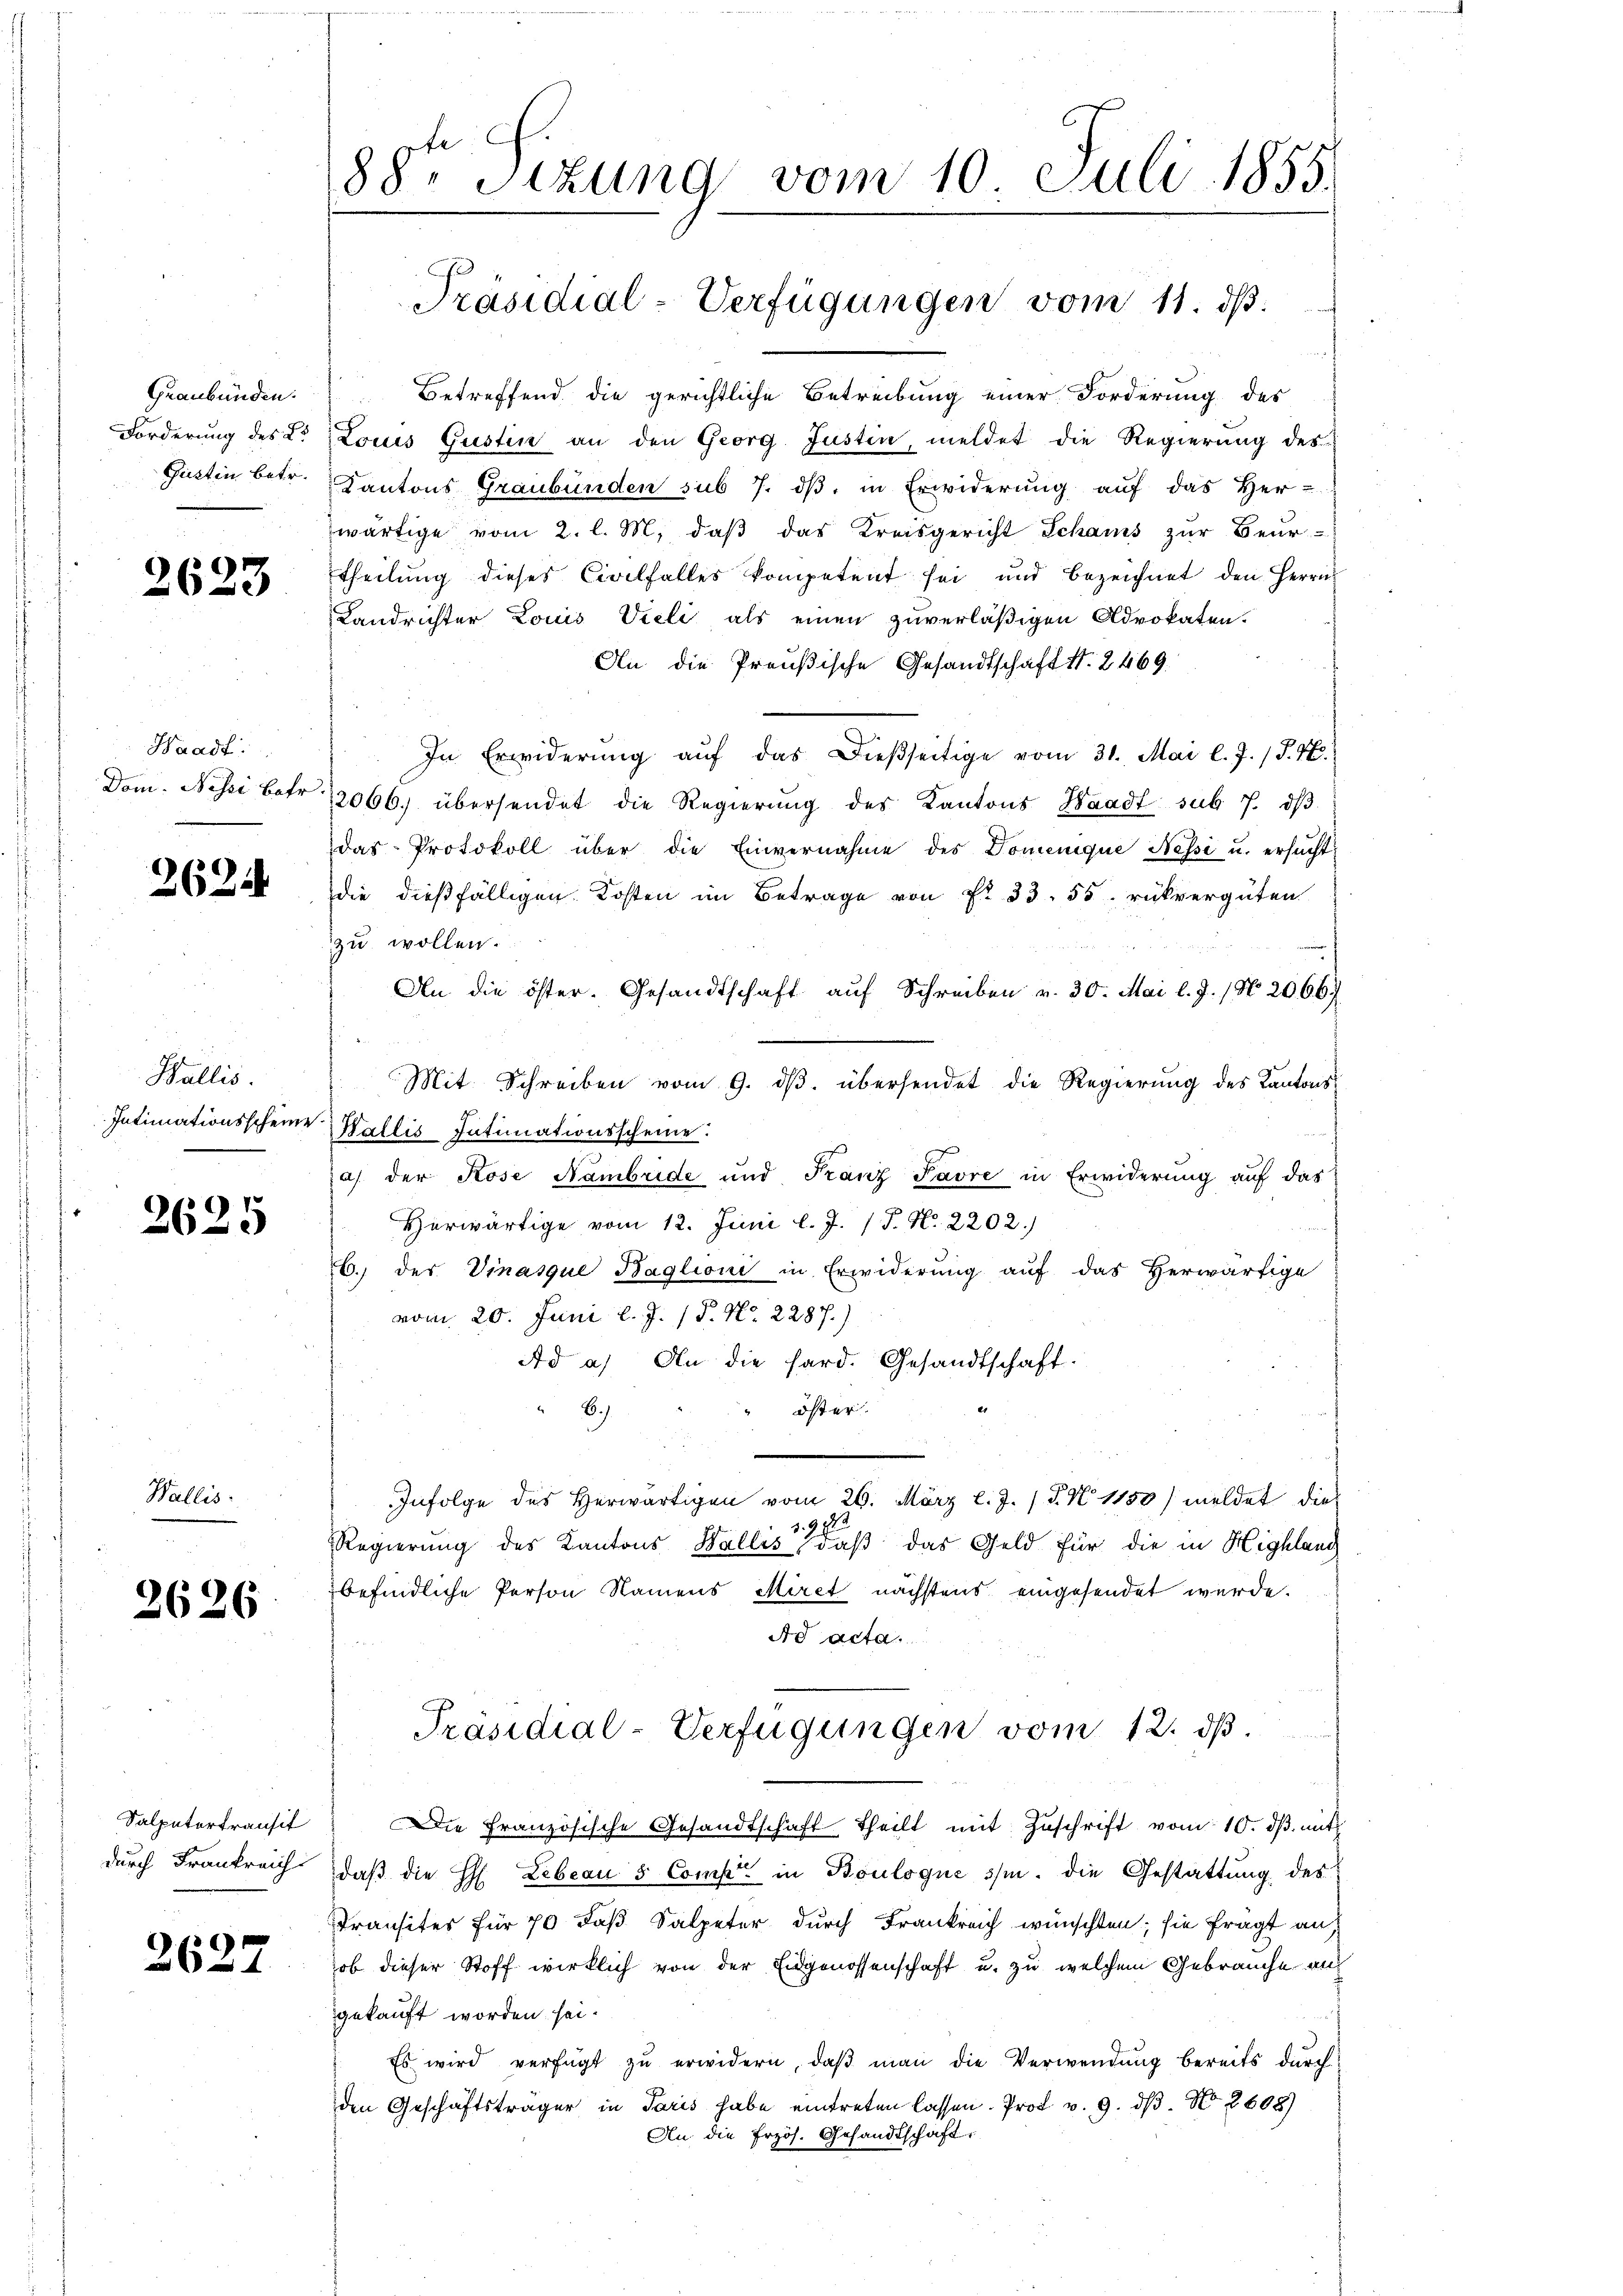
Graubünden.
Forderung des L.
Güttin betr.

2623

Waadt:
Dom. Nessi betr

2624

Wallis.
Intimationsscheine

2625

Wallis.

2626

Salpetertransit
durch Frankreich

2627

88. Stzung vom 10. Juli 1855.

Präsidial-Verfügungen vom 11. ds.

Betreffend die gerichtliche Betreibung einer Forderung des
Louis Gustin an den Georg Justin, meldet die Regierung des
Kantons Graubünden sub 7. dβ in Erwiderung auf das Her-
wärtige vom 2. l. M. daß das Kreisgericht Schams zur Beur-
theilung dieses Civilfalles kompetent sei und bezeichnet den Herrn
Landrichter Louis Vieli als einen zuverläßigen Advokaten.
An die Preußische Gesandtschaft S. 2469.
In Erwiderŭng aŭf das dießseitige vom 31. Mai l. J. (T. K.
2066. übersendet die Regierŭng des Kantons Waadt sub 7. dβ
das Protokoll über die Einvernahme des Domenique Nessi u. ersŭcht
die dießfälligen Kosten im Betrage von § 33. 55 rükvergüten
zu wollen.
An die öster. Gesandtschaft auf Schreiben v. 30. Mai l. J. (N 2066
Mit Schreiben vom 9. dβ. übersendet die Regierung des Kantons¬
Wallis Intimationsscheine.
a) der Rose Nambride und Franz Favre in Erwiderung auf das
Herwärtige vom 12. Juni l. J. (T. N. 2202)
6. des Vinasque Baglioni in Erwiderung auf das Herwärtige
vom 20. Juni l. J. 18. No. 2287.)
Ad a) An die hard. Gesandtschaft.
8.)
öster.
Infolge des Herwärtigen vom 26. März l. J. P. N. 1150) meldet die
19 f
Regierung des Kantons Wallis, daβ das Geld für die in Highland
befindliche Person Namens Miret nächstens eingesendet werde.
Ad acta
Präsidial-Verfügungen vom 12. dβ.
Die Französische Gesandtschaft theilt mit Zŭschrift vom 10. dβ. mit
daβ die H. Lebean 5 Comp. in Boulogne ihm. Die Gestattung des
Transites für 70 daß Salpeter durch Frankreich wünschten; sie fragt an,
ob dieser Stoff wirklich von der Eidgenossenschaft u. zu welchem Gebrauche angekauft worden sei.
Es wird verfügt zu erwidern, daß man die Verwendung bereits durch
den Geschäftsträger in Paris habe eintreten lassen. Prod. v. 9. dβ. No 2608)
An die frzös. Gesandtschaft,